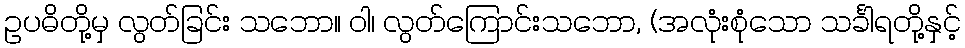
ဥပဓိတို့မှ လွတ်ခြင်း သဘော။ ဝါ၊ လွတ်ကြောင်းသဘော, (အလုံးစုံသော သင်္ခါရတို့နှင့်